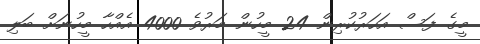
މީގެ ފަސް އަހަރުކުރިން 24 މީހުން މަރުވެ 4000 އެއްހާ މީހުނަށް ބަލި